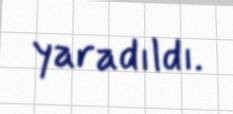
yaradıldı.